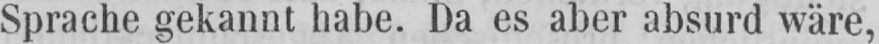
Sprache gekannt habe. Da es aber absurd wäre,